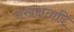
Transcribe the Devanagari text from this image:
नखक्षतादि